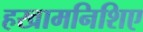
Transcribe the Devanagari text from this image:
हखामनिशिए